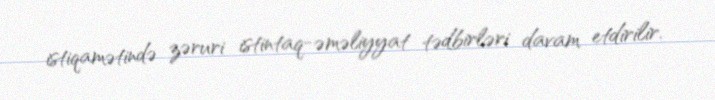
istiqamətində zəruri istintaq-əməliyyat tədbirləri davam etdirilir.